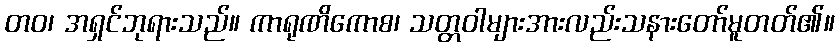
တဝ၊ အရှင်ဘုရားသည်။ ကာရုဏိကောစ၊ သတ္တဝါများအားလည်းသနားတော်မူတတ်၏။